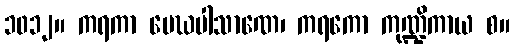
၁၀၁၂။ ကရကာ မေဃပါသာဏေ၊ ကရကော ကုဏ္ဍိကာယ စ။